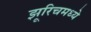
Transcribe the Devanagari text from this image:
झूरिचमध्ये